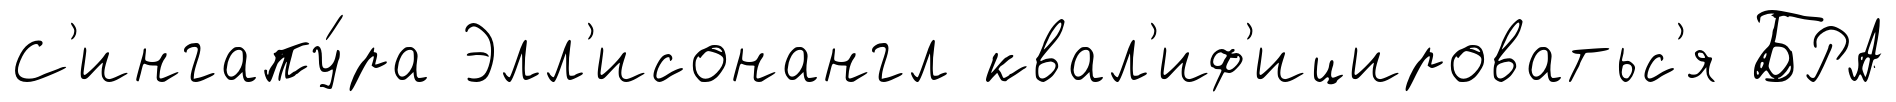
С'ингапу́ра Элл'исонангл квал'иф'ицироватьс'я БРА